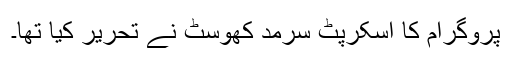
پروگرام کا اسکرپٹ سرمد کھوسٹ نے تحریر کیا تھا۔